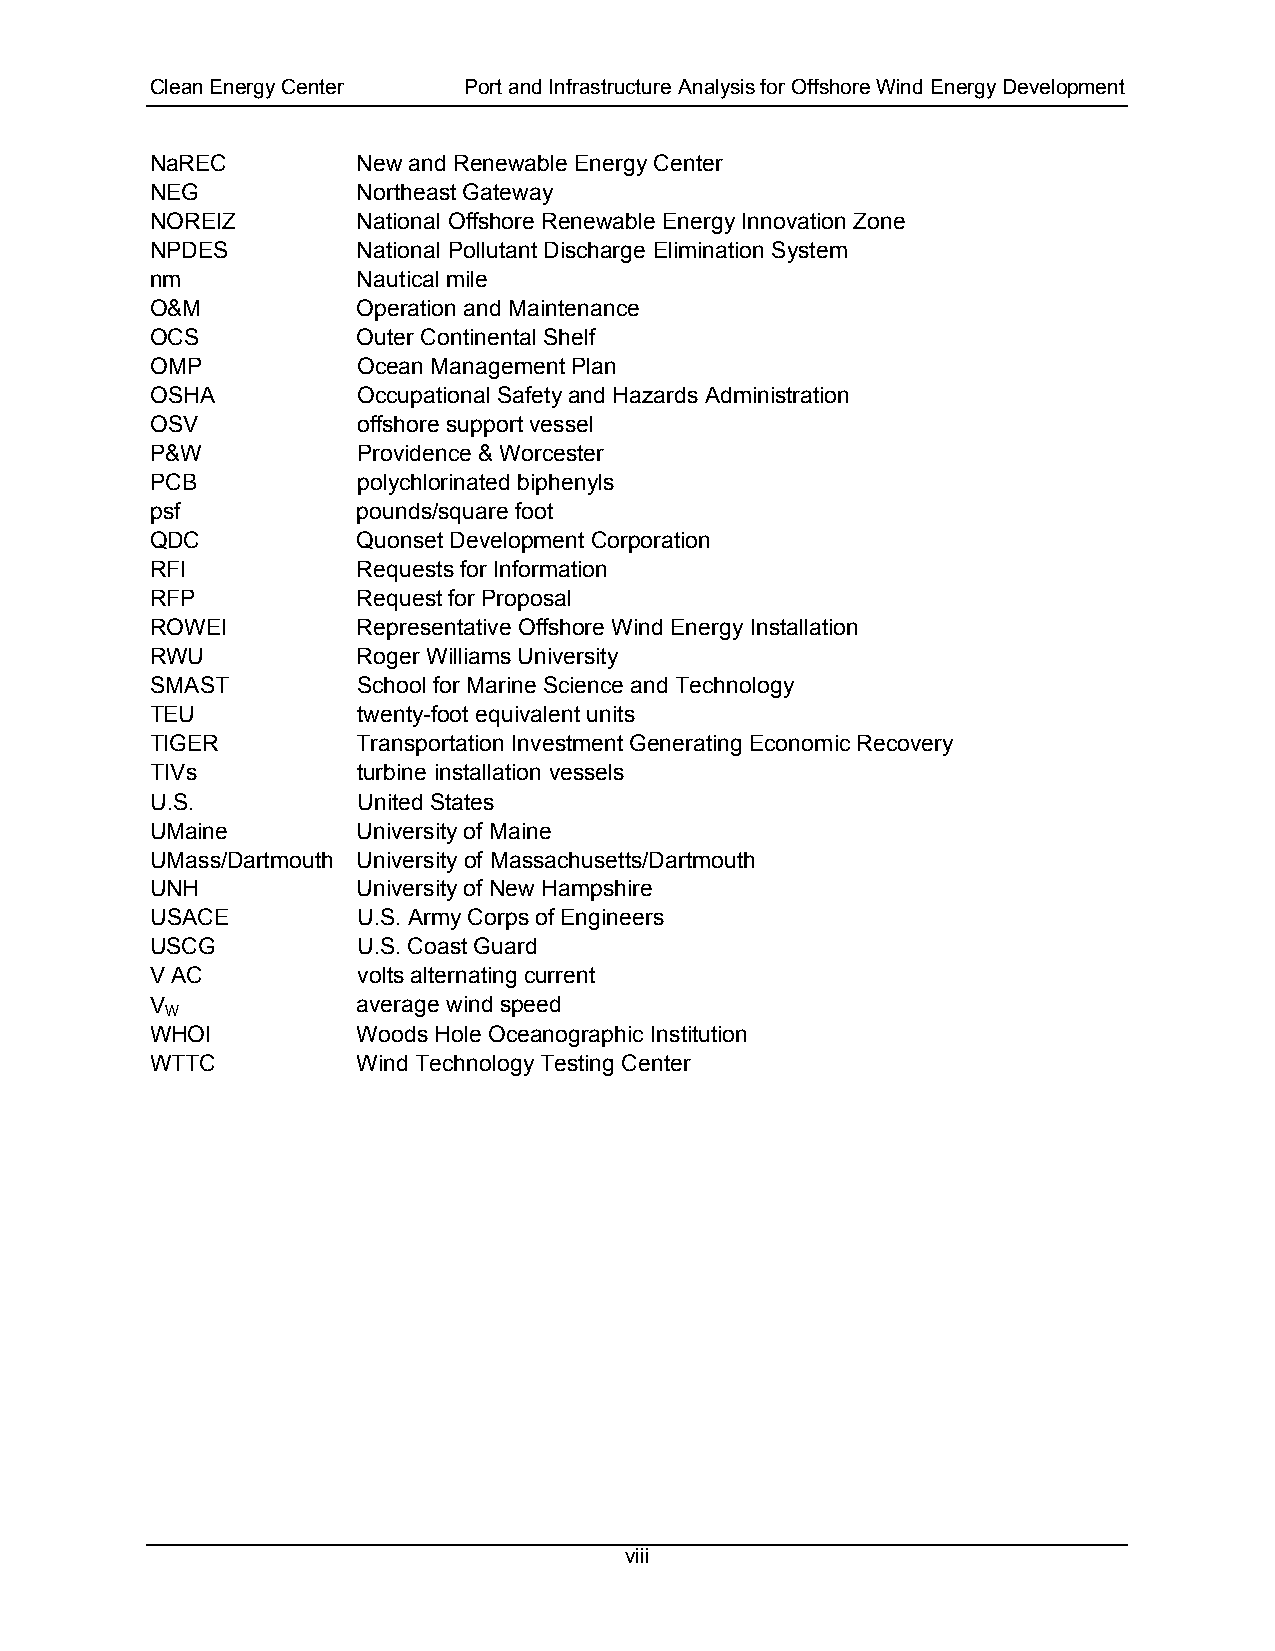
Clean Energy Center  Port and Infrastructure Analysis for Offshore Wind Energy Development
 NaREC         New and Renewable Energy Center
 NEG           Northeast Gateway
 NOREIZ        National Offshore Renewable Energy Innovation Zone
 NPDES         National Pollutant Discharge Elimination System
 nm            Nautical mile
 O&M           Operation and Maintenance
 OCS           Outer Continental Shelf
 OMP           Ocean Management Plan
 OSHA          Occupational Safety and Hazards Administration
 OSV           offshore support vessel
 P&W           Providence & Worcester
 PCB           polychlorinated biphenyls
 psf           pounds/square foot
 QDC           Quonset Development Corporation
 RFI           Requests for Information
 RFP           Request for Proposal
 ROWEI         Representative Offshore Wind Energy Installation
 RWU           Roger Williams University
 SMAST         School for Marine Science and Technology
 TEU           twenty-foot equivalent units
 TIGER         Transportation Investment Generating Economic Recovery
 TIVs          turbine installation vessels
 U.S.          United States
 UMaine        University of Maine
 UMass/Dartmouth University of Massachusetts/Dartmouth
 UNH           University of New Hampshire
 USACE         U.S. Army Corps of Engineers
 USCG          U.S. Coast Guard
 V AC          volts alternating current
 V             average wind speed
 W
 WHOI          Woods Hole Oceanographic Institution
 WTTC          Wind Technology Testing Center
 viii